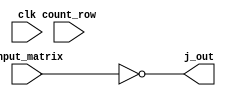
module j_col(
    j_out,
    input_matrix,
    count_row,
    clk
);

parameter ROW = 8;
parameter COL = 8;
parameter BIT_COUNT = 3; // log2(ROW)

input clk;
input [7:0] input_matrix;

input [BIT_COUNT-1:0] count_row;

output [COL-1:0] j_out;

reg [COL-1:0] j_out;

integer i, j;

always @ (count_row)
begin
    j_out = ~input_matrix[7:0]; 
end

endmodule // j_col